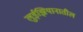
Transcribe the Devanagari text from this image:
लुईझियानातील